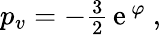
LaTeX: \begin{array}{r}{p_{v}=-\frac{3}{2}{\, \mathrm e}\, ^{\varphi}\ ,}\end{array}